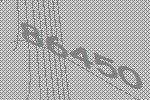
86450